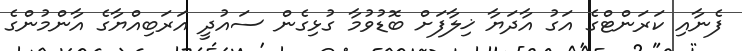
ފެނާއި ކަރަންޓްގެ އަގު އާދަޔާ ޚިލާފަށް ބޮޑުވުމާ ގުޅިގެން ސައުދީ އަރަބިއްޔާގެ އާންމުންގެ